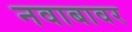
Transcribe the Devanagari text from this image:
नवाबावर